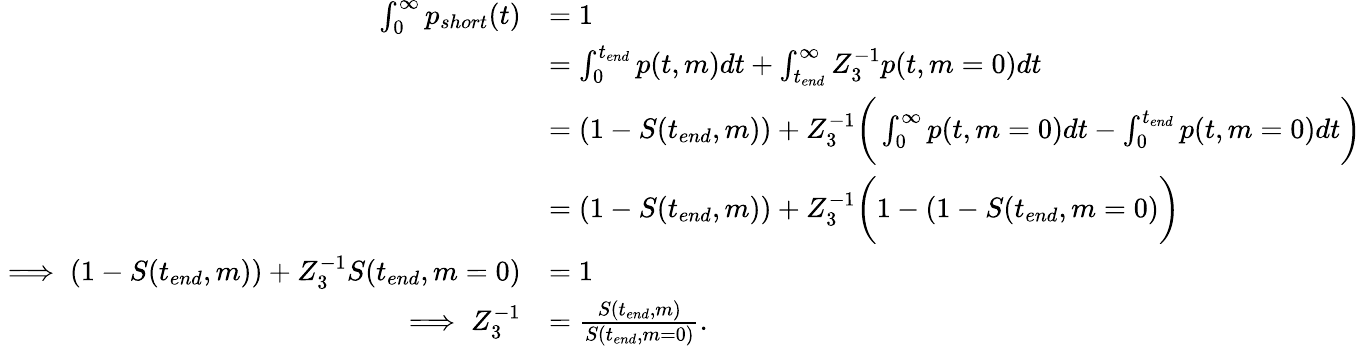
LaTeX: \begin{array}{rl}{\int_{0}^{\infty}p_{short}(t)}&{=1}\\ &{=\int_{0}^{t_{end}}p(t,m)dt+\int_{t_{end}}^{\infty}Z_{3}^{-1}p(t,m=0)dt}\\ &{=(1-S(t_{end},m))+Z_{3}^{-1}\bigg(\int_{0}^{\infty}p(t,m=0)dt-\int_{0}^{t_{end}}p(t,m=0)dt\bigg)}\\ &{=(1-S(t_{end},m))+Z_{3}^{-1}\bigg(1-(1-S(t_{end},m=0)\bigg)}\\ {\implies(1-S(t_{end},m))+Z_{3}^{-1}S(t_{end},m=0)}&{=1}\\ {\implies Z_{3}^{-1}}&{=\frac{S(t_{end},m)}{S(t_{end},m=0)}.}\end{array}